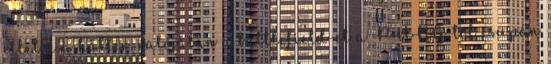
illetve a háttér. valójában a battlefield-et a PUBG-tól csupán